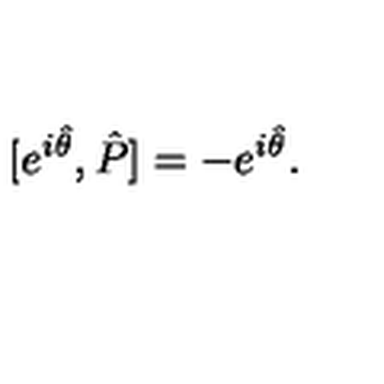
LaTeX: [ e ^ { i \hat { \theta } } , \hat { P } ] = - e ^ { i \hat { \theta } } .